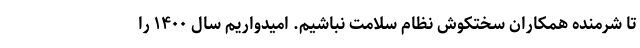
تا شرمنده همکاران سختکوش نظام سلامت نباشیم. امیدواریم سال ۱۴۰۰ را